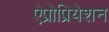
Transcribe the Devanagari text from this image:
ऐप्रोप्रियेशन